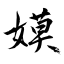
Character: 嫫